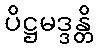
ပိဋ္ဌမဒ္ဒန္တိ